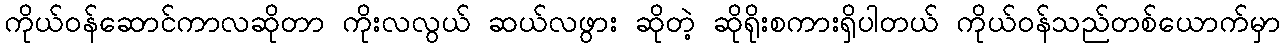
ကိုယ်ဝန်ဆောင်ကာလဆိုတာ ကိုးလလွယ် ဆယ်လဖွား ဆိုတဲ့ ဆိုရိုးစကားရှိပါတယ် ကိုယ်ဝန်သည်တစ်ယောက်မှာ